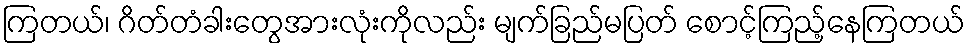
ကြတယ်၊ ဂိတ်တံခါးတွေအားလုံးကိုလည်း မျက်ခြည်မပြတ် စောင့်ကြည့်နေကြတယ်